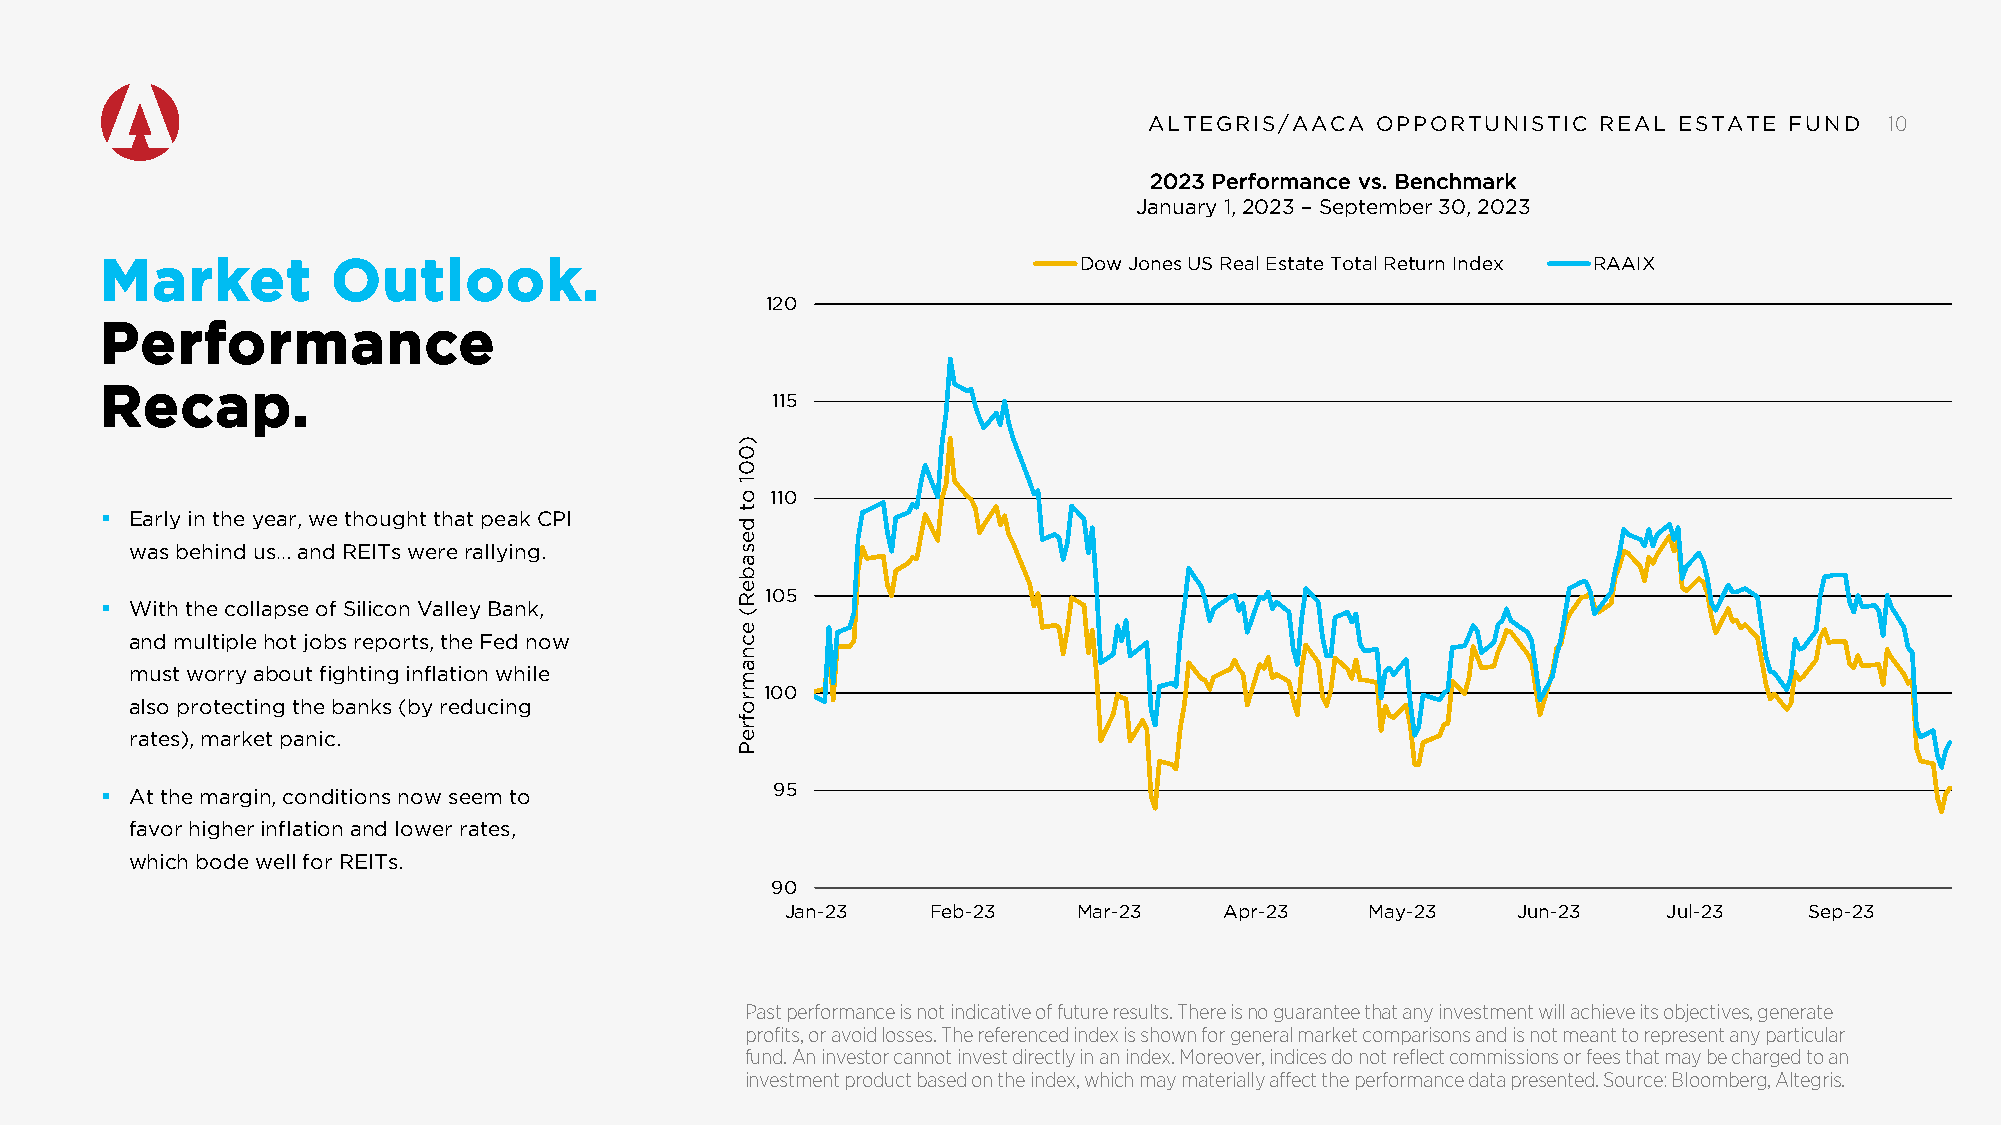
AALLTTEEGGRRIISS//AAAACCAA OOPPPPOORRTTUUNNIISSTTIICC RREEAALL EESSTTAATTEE FFUUNNDD 10
 2023 Performance vs. Benchmark
 January 1, 2023 – September 30, 2023
 Market         Outlook.                                         Dow Jones US Real Estate Total Return Index RAAIX
 120
 Performance
 Recap.
 115
 110
  Early in the year, we thought that peak CPI
 was behind us… and REITs were rallying.
 105
  With the collapse of Silicon Valley Bank,
 and multiple hot jobs reports, the Fed now
 must worry about fighting inflation while
 100
 also protecting the banks (by reducing
 rates), market panic.
  At the margin, conditions now seem to     95
 favor higher inflation and lower rates,
 which bode well for REITs.
 90
 Jan-23    Feb-23   Mar-23    Apr-23    May-23   Jun-23    Jul-23    Sep-23
 Past performance is not indicative of future results. There is no guarantee that any investment will achieve its objectives, generate
 profits, or avoid losses. The referenced index is shown for general market comparisons and is not meant to represent any particular
 fund. An investor cannot invest directly in an index. Moreover, indices do not reflect commissions or fees that may be charged to an
 investment product based on the index, which may materially affect the performance data presented. Source: Bloomberg, Altegris.
 )001
 ot
 desabeR(
 ecnamrofreP